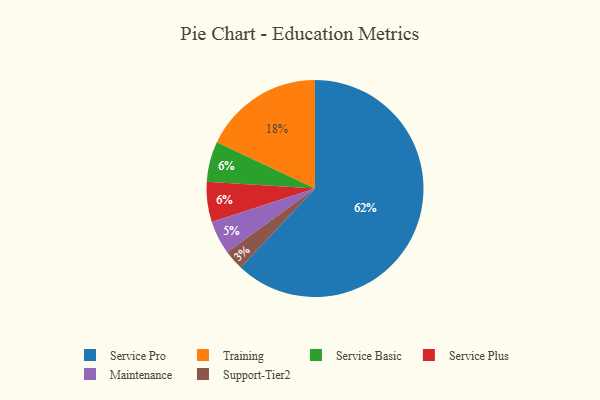
{"axis": {"x": "Category", "y": "Percentage"}, "legend": ["Maintenance", "Service Basic", "Service Plus", "Service Pro", "Support-Tier2", "Training"], "data": [{"x": "Service Basic", "y": 6, "type": "Service Basic"}, {"x": "Support-Tier2", "y": 3, "type": "Support-Tier2"}, {"x": "Maintenance", "y": 5, "type": "Maintenance"}, {"x": "Training", "y": 18, "type": "Training"}, {"x": "Service Plus", "y": 6, "type": "Service Plus"}, {"x": "Service Pro", "y": 62, "type": "Service Pro"}]}